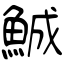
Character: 鯎